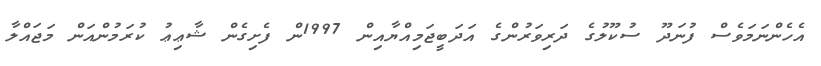
އެހެންނަމަވެސް ފުނަދޫ ސުކޫލުގެ ދަރިވަރުންގެ އަދަބީޖަމިއްޔާއިން 1997ން ފެށިގެން ޝާޢިޢު ކުރަމުންއަން މަޖައްލާ